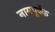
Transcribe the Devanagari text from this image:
नामपूर्वक